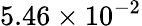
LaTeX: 5.46\times 10^{-2}